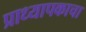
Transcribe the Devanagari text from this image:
प्राध्यापकाचा